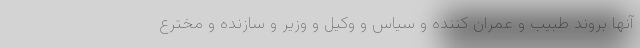
آنها بروند طبیب و عمران کننده و سیاس و وکیل و وزیر و سازنده و مخترع